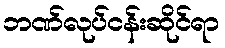
ဘဏ်လုပ်ငန်းဆိုင်ရာ